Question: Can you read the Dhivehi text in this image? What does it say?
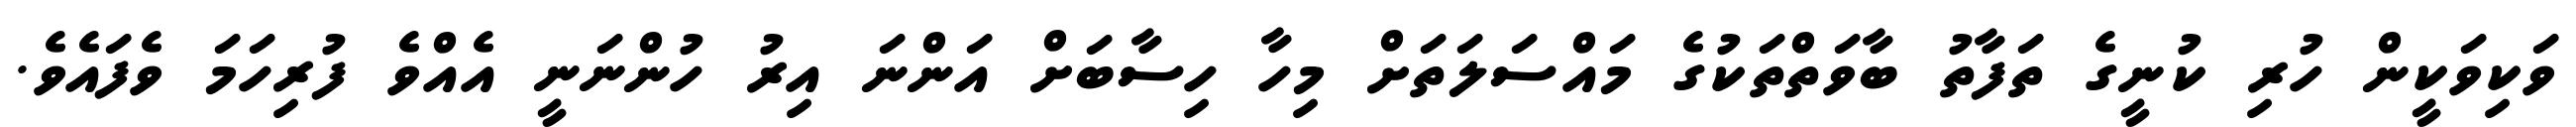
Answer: ވަކިވަކީން ހުރި ކުނީގެ ތަފާތު ބާވަތްތަކުގެ މައްސަލަތަށް މިހާ ހިސާބަށް އަންނަ އިރު ހުންނަނީ އެއްވެ ފުރިހަމަ ވެފައެވެ.